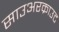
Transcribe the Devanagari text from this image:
साउअरक्राउट